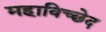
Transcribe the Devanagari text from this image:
महाविच्छेद